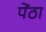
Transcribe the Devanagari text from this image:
पेंठा